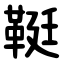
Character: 䩠